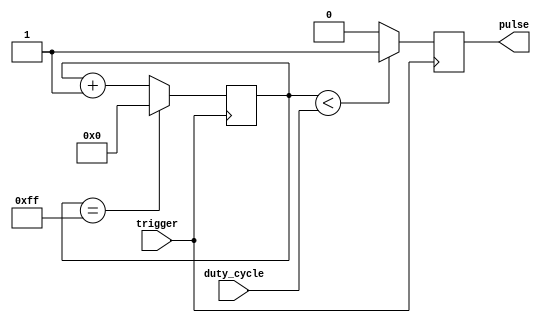
module DutyCyclePulseGenerator(
    input trigger,
    input [7:0] duty_cycle,
    output reg pulse
);

reg [7:0] counter;

always @ (posedge trigger) begin
    counter <= counter + 1;
    
    if (counter < duty_cycle) begin
        pulse <= 1;
    end else begin
        pulse <= 0;
    end
    
    if (counter == 255) begin
        counter <= 0;
    end
end

endmodule